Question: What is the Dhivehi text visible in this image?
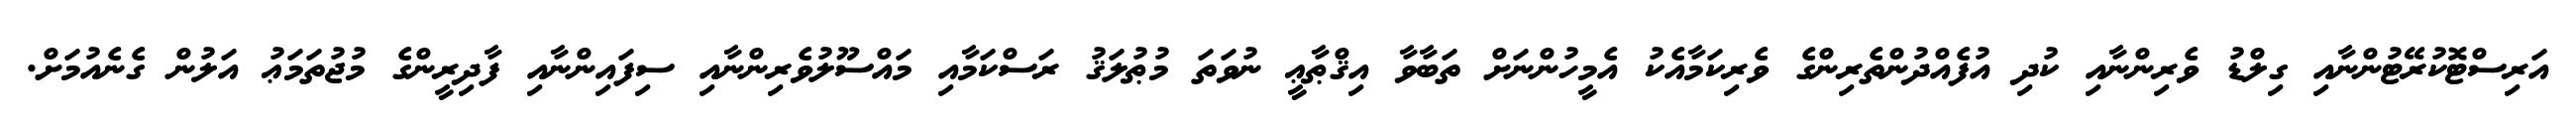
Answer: އަރިސްޓޮކުރޭޓުންނާއި ގިލްޑު ވެރިންނާއި ކުދި އުފެއްދުންތެރިންގެ ވެރިކަމާއެކު އެމީހުންނަށް ތަބާވާ އިޤްޠާޢީ ނުވަތަ މުޠުލަޤު ރަސްކަމާއި މައްސޫލުވެރިންނާއި ސިފައިންނާއި ފާދިރީންގެ މުޖުތަމަޢު އަލުން ގެނެއުމަށް.